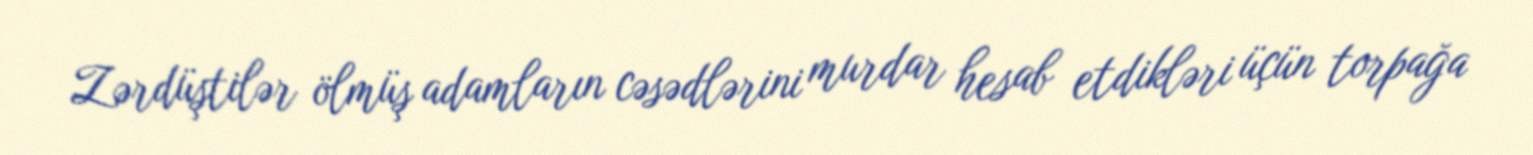
Zərdüştilər ölmüş adamların cəsədlərini murdar hesab etdikləri üçün torpağa